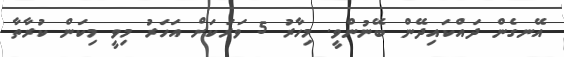
އޭނގެން ދައްކައިދޭން ބޭނުންވީ. މިހާރު 5 ވަރަކަށް އަހަރު މިވީ މިކަން ކުރާތާ